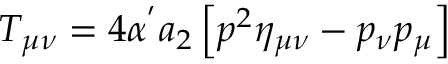
T _ { \mu \nu } = 4 \alpha ^ { ' } a _ { 2 } \left[ p ^ { 2 } \eta _ { \mu \nu } - p _ { \nu } p _ { \mu } \right]